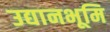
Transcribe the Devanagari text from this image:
उद्यानभूमि